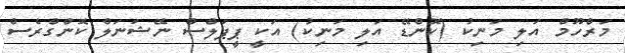
މަރްހޫމް އަލި މަނިކު (ކޮންޑޭ އަލި މަނިކު) އަކީ ޕީޕަލްސް ނޭޝަނަލް ކޮންގްރެސް